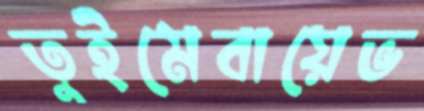
তুইমেবায়েভ